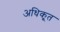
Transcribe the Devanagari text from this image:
अधिकृ्त